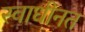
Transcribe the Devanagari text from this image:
स्वाधीनत